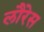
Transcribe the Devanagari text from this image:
लौरेस